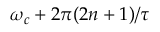
\omega _ { c } + 2 \pi ( 2 n + 1 ) / \tau